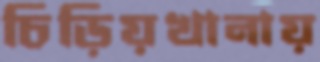
চিড়িয়খানায়